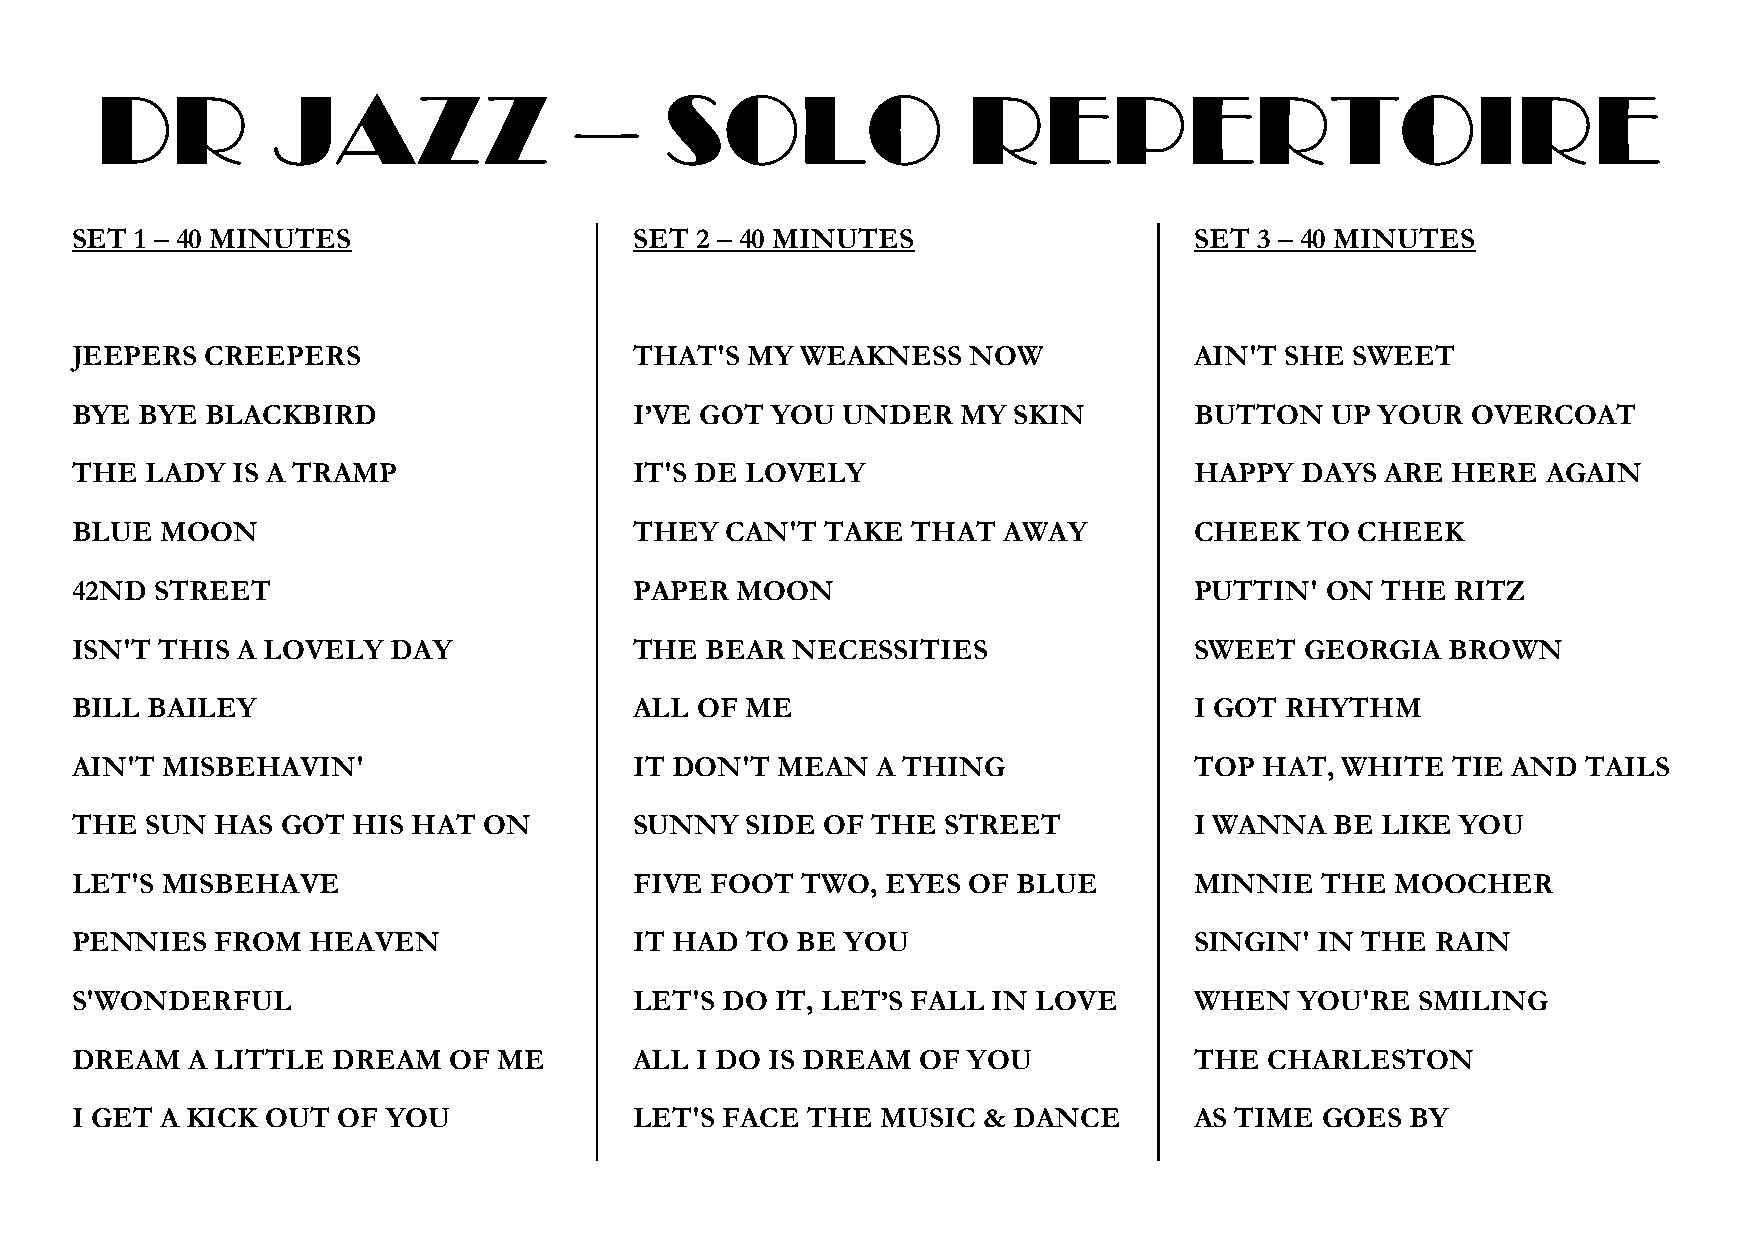
DR          JAZZ                –     SOLO                REPERTOIRE
 SET 1 – 40 MINUTES                   SET 2 – 40 MINUTES                   SET 3 – 40 MINUTES
 JEEPERS  CREEPERS                    THAT'S  MY WEAKNESS   NOW            AIN'T SHE  SWEET
 BYE BYE  BLACKBIRD                   I’VE GOT YOU  UNDER   MY SKIN        BUTTON   UP YOUR  OVERCOAT
 THE  LADY IS A TRAMP                 IT'S DE LOVELY                       HAPPY  DAYS  ARE HERE  AGAIN
 BLUE  MOON                           THEY  CAN'T  TAKE THAT  AWAY         CHEEK   TO CHEEK
 42ND STREET                          PAPER  MOON                          PUTTIN'  ON THE  RITZ
 ISN'T THIS A LOVELY  DAY             THE  BEAR  NECESSITIES               SWEET  GEORGIA   BROWN
 BILL BAILEY                          ALL OF ME                            I GOT RHYTHM
 AIN'T MISBEHAVIN'                    IT DON'T  MEAN  A THING              TOP  HAT, WHITE  TIE AND  TAILS
 THE  SUN HAS  GOT HIS HAT  ON        SUNNY  SIDE OF  THE  STREET          I WANNA  BE LIKE  YOU
 LET'S MISBEHAVE                      FIVE FOOT  TWO,  EYES OF BLUE        MINNIE  THE  MOOCHER
 PENNIES  FROM  HEAVEN                IT HAD TO  BE YOU                    SINGIN' IN THE  RAIN
 S'WONDERFUL                          LET'S DO IT, LET’S FALL IN LOVE      WHEN   YOU'RE  SMILING
 DREAM   A LITTLE DREAM   OF ME       ALL I DO IS DREAM  OF YOU            THE  CHARLESTON
 I GET A KICK OUT OF  YOU             LET'S FACE THE  MUSIC  & DANCE       AS TIME GOES  BY